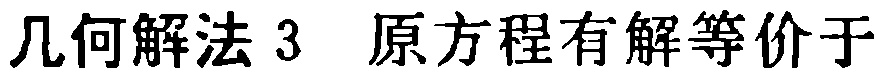
几何解法 3 原方程有解等价于